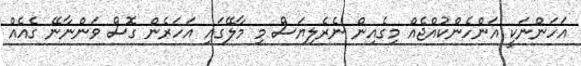
އަހަންނަކީ އަންހެންކުއްޖެއް މިގެއިން ނެރެލިޔަސް މި މާލޭގައި އަހަރެން ގޮސް ވަންނާނޭ ގެއެއް